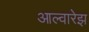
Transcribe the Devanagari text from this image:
आल्वारेझ